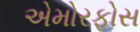
એમોરફોસ